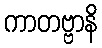
ကာတဗ္ဗာနိ